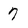
Character: 7